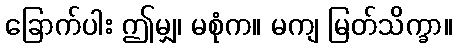
ခြောက်ပါး ဤမျှ၊ မစုံက။ မကျ မြတ်သိက္ခာ။